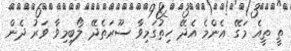
ތީ ތީއެ މަގޭ އެންމެ އެދޭ ހިތުގަމިވާ ސޫރަތެދޭ ލޯބިމިވާ ވަރު ދެން